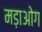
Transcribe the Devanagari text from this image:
मड़ाओग